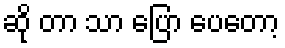
ဆို တာ သာ ပြော ပေတော့